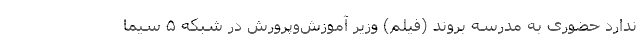
ندارد حضوری به مدرسه بروند (فیلم) وزیر آموزش‌وپرورش در شبکه ۵ سیما